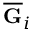
\overline { { \mathbf { G } } } _ { i }